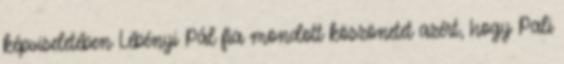
képviseletében Lébényi Pál fia mondott köszönetet azért, hogy Pali